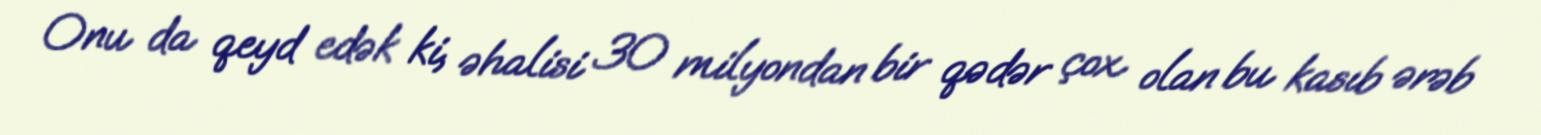
Onu da qeyd edək ki, əhalisi 30 milyondan bir qədər çox olan bu kasıb ərəb